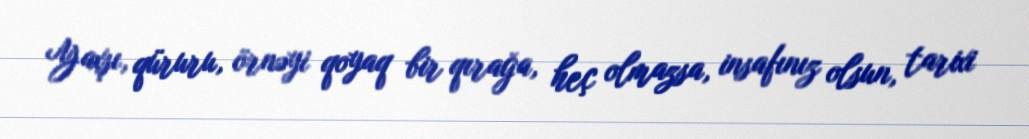
Yaxşı, qüruru, örnəyi qoyaq bir qırağa, heç olmazsa, insafınız olsun, tarixi